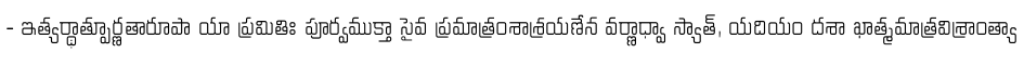
- ఇత్యర్థాత్పూర్ణతారూపా యా ప్రమితిః పూర్వముక్తా సైవ ప్రమాత్రంశాశ్రయణేన వర్ణాధ్వా స్యాత్, యదియం దశా ఖాత్మమాత్రవిశ్రాంత్యా